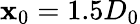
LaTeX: \mathbf{x}_{0}=1.5D_{0}